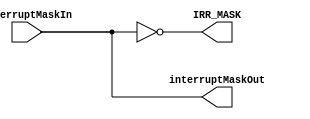
module IMR (
    // Inputs
    input [7:0] interruptMaskIn,  // Interrupt lines to be masked/unmasked

    // Outputs
    output reg [7:0] interruptMaskOut,  // Current interrupt mask status
    output reg [7:0] IRR_MASK               // Interrupt Request Register
);
/*
Documentation

This module represents the Interrupt Mask Register (IMR) of a PIC8259A-like interrupt controller.

Inputs:
    interruptMaskIn: 8-bit input to set/clear individual interrupt lines in the mask

Outputs:
    interruptMaskOut: 8-bit output representing the current interrupt mask status
    IRR: 8-bit output representing the Interrupt Request Register

Behavior:
    - Mask/Unmask: Each bit in interruptMaskIn corresponds to an interrupt line. If a bit is set (1), the corresponding interrupt line is masked. If a bit is clear (0), the corresponding interrupt line is unmasked.
    - IRR: Reflects the interrupt lines that are not masked (interruptMaskOut complemented).
*/

    always @* begin
        // Mask/Unmask: Update interrupt mask based on interruptMaskIn
        interruptMaskOut = interruptMaskIn;

        // IRR: Reflects the interrupt lines that are not masked (interruptMaskOut complemented)
        IRR_MASK = ~interruptMaskOut;
    end

endmodule